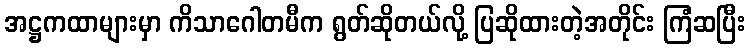
အဋ္ဌကထာများမှာ ကိသာဂေါတမီက ရွတ်ဆိုတယ်လို့ ပြဆိုထားတဲ့အတိုင်း ကြံဆပြီး